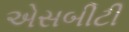
એસબીટી